Civil Veterinary Dept. North-West Frontier Province 1933-46 - 1933-1946
Year: 1933
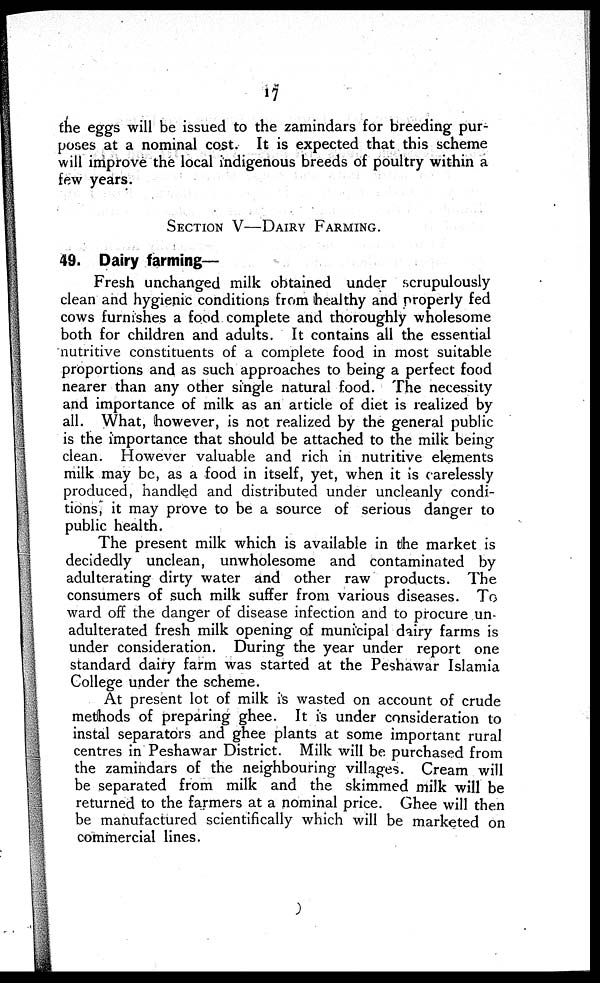
17
the eggs will be issued to the zamindars for breeding pur-
poses at a nominal cost. It is expected that this scheme
will improve the local indigenous breeds of poultry within a
few years.
SECTION V—DAIRY FARMING.
49. Dairy farming—
Fresh unchanged milk obtained under scrupulously
clean and hygienic conditions from healthy and properly fed
cows furnishes a food complete and thoroughly wholesome
both for children and adults. It contains all the essential
nutritive constituents of a complete food in most suitable
proportions and as such approaches to being a perfect food
nearer than any other single natural food. The necessity
and importance of milk as an article of diet is realized by
all. What, however, is not realized by the general public
is the importance that should be attached to the milk being
clean. However valuable and rich in nutritive elements
milk may be, as a food in itself, yet, when it is carelessly
produced, handled and distributed under uncleanly condi-
tions, it may prove to be a source of serious danger to
public health.
The present milk which is available in the market is
decidedly unclean, unwholesome and contaminated by
adulterating dirty water and other raw products. The
consumers of such milk suffer from various diseases. To
ward off the danger of disease infection and to procure un
adulterated fresh milk opening of municipal dairy farms is
under consideration. During the year under report one
standard dairy farm was started at the Peshawar Islamia
College under the scheme.
At present lot of milk is wasted on account of crude
methods of preparing ghee. It is under consideration to
instal separators and ghee plants at some important rural
centres in Peshawar District. Milk will be purchased from
the zamindars of the neighbouring villages. Cream will
be separated from milk and the skimmed milk will be
returned to the farmers at a nominal price. Ghee will then
be manufactured scientifically which will be marketed on
commercial lines.